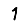
Digit: 1